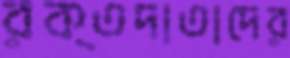
রক্তদাতাদের